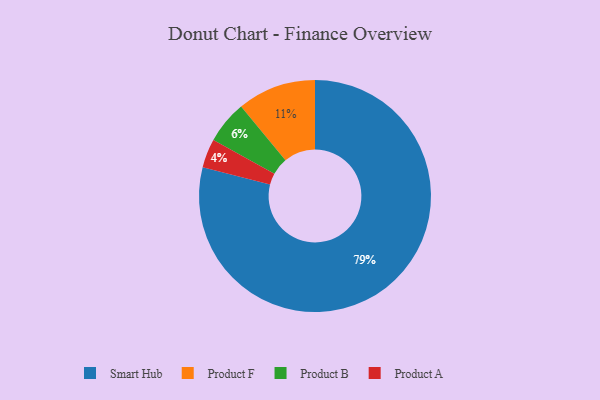
{"axis": {"x": "Category", "y": "Percentage"}, "legend": ["Product A", "Product B", "Product F", "Smart Hub"], "data": [{"x": "Smart Hub", "y": 79, "type": "Smart Hub"}, {"x": "Product A", "y": 4, "type": "Product A"}, {"x": "Product F", "y": 11, "type": "Product F"}, {"x": "Product B", "y": 6, "type": "Product B"}]}